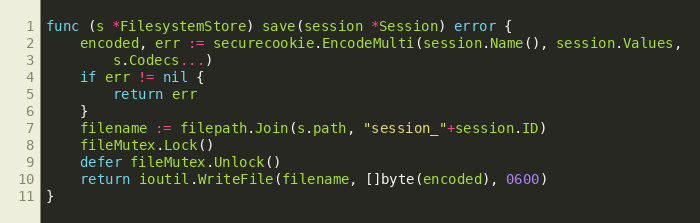
Language: Go
func (s *FilesystemStore) save(session *Session) error {
	encoded, err := securecookie.EncodeMulti(session.Name(), session.Values,
		s.Codecs...)
	if err != nil {
		return err
	}
	filename := filepath.Join(s.path, "session_"+session.ID)
	fileMutex.Lock()
	defer fileMutex.Unlock()
	return ioutil.WriteFile(filename, []byte(encoded), 0600)
}